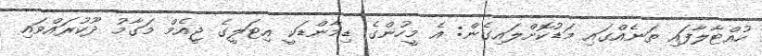
ހުއްޓާލާފައި ތަނެއްގައި މަޑުކޮށްލައިގެން: އެ މީހުންގެ ޑިމާންޑަކީ އިޓަލީގެ ޖީއެމް މަގާމު ދޫކުރައްވައި